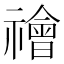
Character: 禬